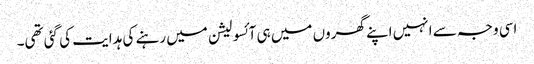
اسی وجہ سے انہیں اپنے گھروں میں ہی آئسولیشن میں رہنے کی ہدایت کی گئی تھی۔